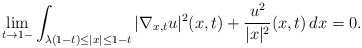
\begin{align*}\lim_{t\to 1-}\int_{\lambda(1-t)\leq |x|\leq 1-t}|\nabla_{x,t}u|^2(x,t)+\frac{u^2}{|x|^2}(x,t)\,dx=0.\end{align*}